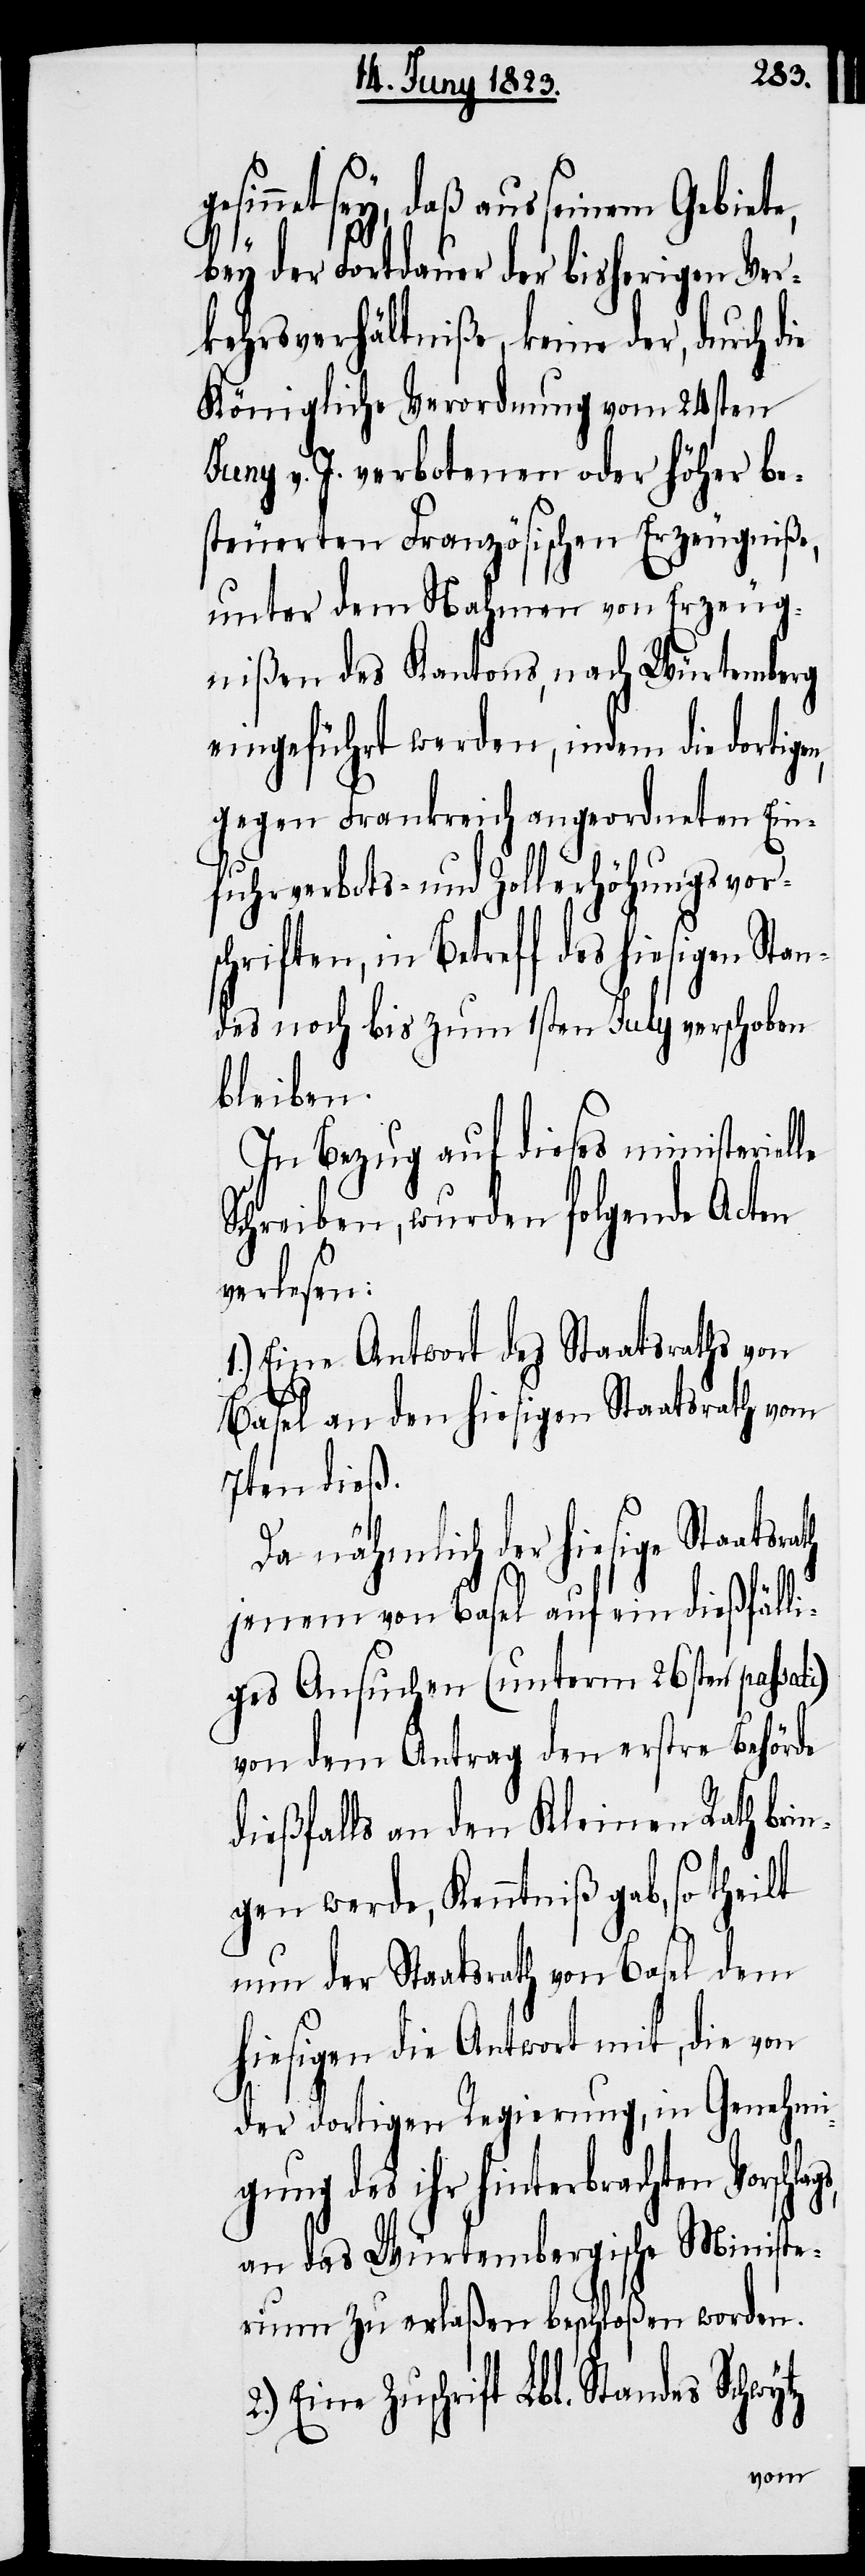
gs,
net sey, daß aus seinem Gebiete,
bey der Fortdauer der bisherigen Ver¬
kehrsverhältniße, keine der, durch
Königliche Verordnung vom 24sten
Juny v. J. verbotenen oder höher be¬
steuerten Französischen Erzeugniße,
unter dem Nahmen von Erzeug¬
nißen des Kantons, nach Würtemberg
eingeführt werden, indem die dortige¬
n, gegen Frankreich angeordneten Ein¬
fuhrverbots- und Zollerhöhungsvor¬
schriften, in Betreff des hiesigen Stan¬
des noch bis zum 1sten July verschoben
bleiben.
In Bezug auf dieses ministeriel¬
Schreiben, wurden folgende Acten
verlesen:
1.) Eine Antwort des Staatsraths von
Basel an den hiesigen Staatsrath vom
7ten dieß.
Da nähmlich der hiesige Staatsra¬
jenem von Basel auf ein dießfälli¬
ges Ansuchen (unterm 26sten passati)
von dem Antrag den erstre Behörde
dießfalls an den Kleinen Rath brin¬
gen werde, Kenntniß gab, so theilt
nun der Staatsrath von Basel dem
hiesigen die Antwort mit, die von
der dortigen Regierung, in Genehmi¬
gung des ihr hinterbrachten Vorschla¬
an das Würtembergische Ministe¬
rium zu erlaßen beschloßen worden.
Zuschrift Lbl. Standes Schwytz
le